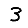
Digit: 3